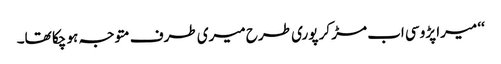
‘‘ میرا پڑوسی اب مڑ کر پوری طرح میری طرف متوجہ ہو چکا تھا۔